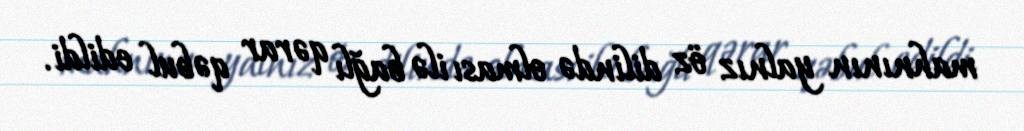
mahnının yalnız öz dilində olması ilə bağlı qərar qəbul edildi.